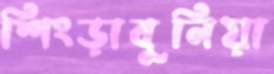
শিংড়াবুনিয়া